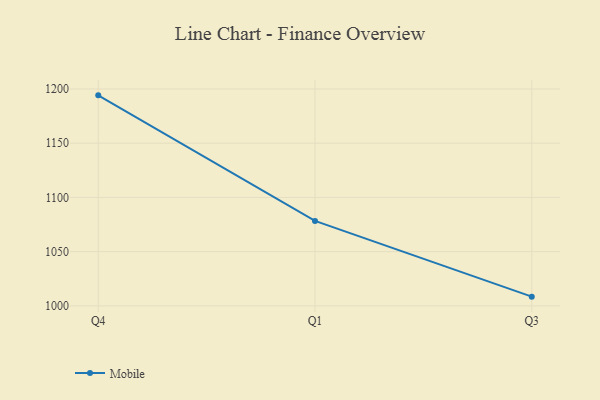
{"axis": {"x": "Quarter", "y": "Demand Index"}, "legend": ["Mobile"], "data": [{"x": "Q4", "y": 1194.1, "type": "Mobile"}, {"x": "Q1", "y": 1078.3, "type": "Mobile"}, {"x": "Q3", "y": 1008.5, "type": "Mobile"}]}